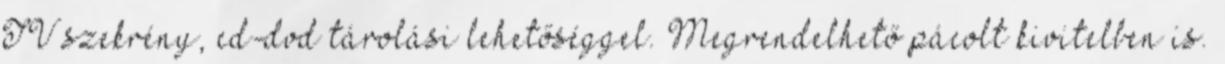
TV szekrény, cd-dvd tárolási lehetőséggel. Megrendelhető pácolt kivitelben is.